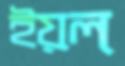
ইয়ল